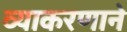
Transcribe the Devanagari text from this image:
व्याकरणाने